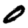
Digit: 0